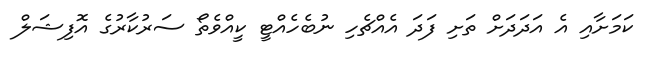
ކަމަށާއި އެ އަދަދަށް ތަށި ފަދަ އެއްޗެހި ނުބެހެއްޓީ ކީއްވެތޯ ސަރުކާރުގެ އޮފިޝަލް